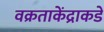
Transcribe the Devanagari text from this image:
वक्रताकेंद्राकडे